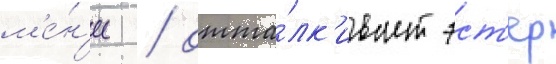
м'е́н'ее / отта́лк'ивает эст'ер